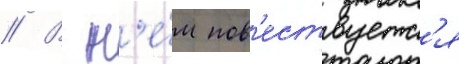
// В н'е́м пов'ествуетс'я